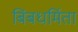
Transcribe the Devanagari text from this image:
बिंबधर्मिता